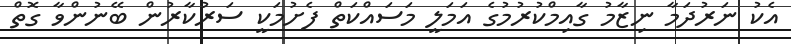
އެކު ނަރުދަމާ ނިޒާމު ގާއިމްކުރުމުގެ އަމަލީ މަސައްކަތް ފެށުމަކީ ސަރުކާރުން ބޭނުންވާ ގޮތް